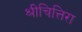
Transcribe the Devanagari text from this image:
श्रीचित्तिरा